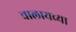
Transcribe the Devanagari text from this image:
चालायच्या